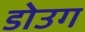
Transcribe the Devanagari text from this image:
डोउग